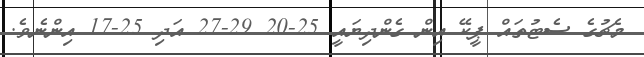
މެޗުގެ ސެޓުތައް ޕީކޭ އިން ގެންދިޔައީ 25-20 29-27 އަދި 25-17 އިންނެވެ.